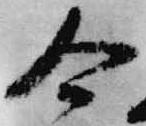
合